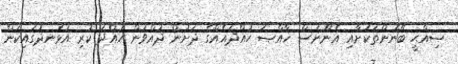
ޞިއްޙީ ބޭނުންތަކަށާއި އެނޫނަސް ޚާއްޞަ ހުއްދައެއްގެ ދަށުން ދުއްވުން ހުއްދަ ކުރި އުޅަނދުގައިކަން